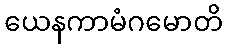
ယေနကာမံဂမောတိ